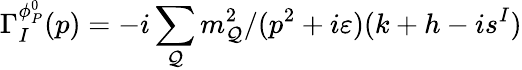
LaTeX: \Gamma_{I}^{\phi_{P}^{0}}(p)=-i\sum_{\mathcal{Q}}m_{\mathcal{Q}}^{2}/(p^{2}+i\varepsilon)(k+h-is^{I})